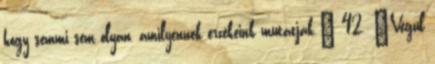
hogy semmi sem olyan, amilyennek érzékeink mutatják.” 42. „Végül